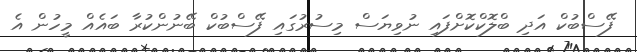
ފޭސްބުކް އަދި ބްލޮކްކޮށްފައި ނުވިޔަސް މިސުރުގައި ފޭސްބުކް ބޭނުންކުރާ ބައެއް މީހުން އެ